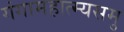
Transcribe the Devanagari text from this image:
गंगामहात्म्यसमु